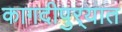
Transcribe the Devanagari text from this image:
कागदीपुर्‍यात